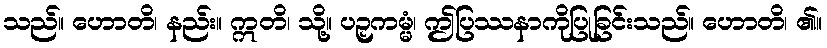
သည်။ ဟောတိ၊ နည်း။ ဣတိ၊ သို့။ ပဉှကမ္မံ၊ ဤပြဿနာကိုပြုခြင်းသည်။ ဟောတိ၊ ၏။